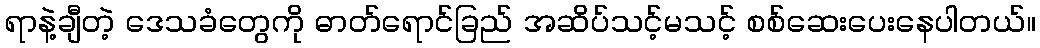
ရာနဲ့ချီတဲ့ ဒေသခံတွေကို ဓာတ်ရောင်ခြည် အဆိပ်သင့်မသင့် စစ်ဆေးပေးနေပါတယ်။